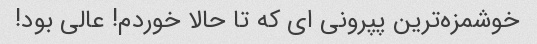
خوشمزه‌ترین پپرونی ای که تا حالا خوردم! عالی بود!